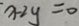
x - 2 y = 0